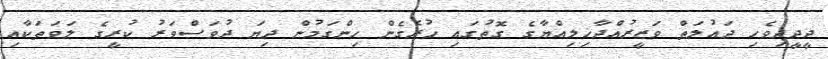
ދީދީދިވެހި ދައުލަތް ވަޒީރުއްދާޚިލިއްޔާގެ ގޮތުގައި ހުރެގެން ހިންގަމުން ދިޔަ ދުވަސްވަރު ކުރީގެ ލަވަތަކާއި